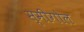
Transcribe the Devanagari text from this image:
स्मीगोल